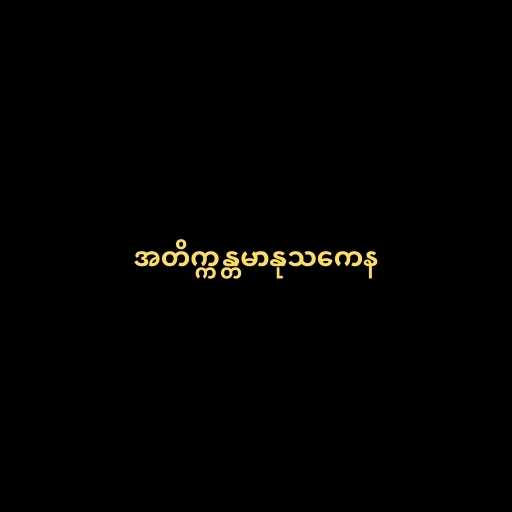
အတိက္ကန္တမာနုသကေန